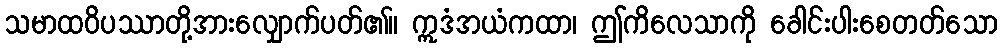
သမာထဝိပဿာတို့အားလျှောက်ပတ်၏။ ဣဒံအယံကထာ၊ ဤကိလေသာကို ခေါင်းပါးစေတတ်သော